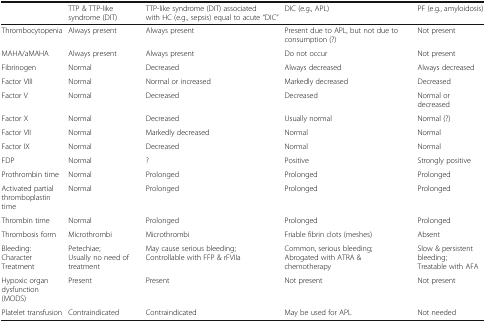
|  | TTP & TTP-like syndrome (DIT) | TTP-like syndrome (DIT) associated with HC (e.g., sepsis) equal to acute “DIC” | DIC (e.g., APL) | PF (e.g., amyloidosis) |
 | --- | --- | --- | --- | --- |
 | Thrombocytopenia | Always present | Always present | Present due to APL, but not due to consumption (?) | Not present |
 | MAHA/aMAHA | Always present | Always present | Do not occur | Not present |
 | Fibrinogen | Normal | Decreased | Always decreased | Always decreased |
 | Factor VIII | Normal | Normal or increased | Markedly decreased | Decreased |
 | Factor V | Normal | Decreased | Decreased | Normal or decreased |
 | Factor X | Normal | Decreased | Usually normal | Normal (?) |
 | Factor VII | Normal | Markedly decreased | Normal | Normal |
 | Factor IX | Normal | Decreased | Normal | Normal |
 | FDP | Normal | ? | Positive | Strongly positive |
 | Prothrombin time | Normal | Prolonged | Prolonged | Prolonged |
 | Activated partialthromboplastin time | Normal | Prolonged | Prolonged | Prolonged |
 | Thrombin time | Normal | Prolonged | Prolonged | Prolonged |
 | Thrombosis form | Microthrombi | Microthrombi | Friable fibrin clots (meshes) | Absent |
 | Bleeding: CharacterTreatment | Petechiae;Usually no need of treatment | May cause serious bleeding;Controllable with FFP & rFVIIa | Common, serious bleeding;Abrogated with ATRA &chemotherapy | Slow & persistent bleeding;Treatable with AFA |
 | Hypoxic organdysfunction (MODS) | Present | Present | Not present | Not present |
 | Platelet transfusion | Contraindicated | Contraindicated | May be used for APL | Not needed |